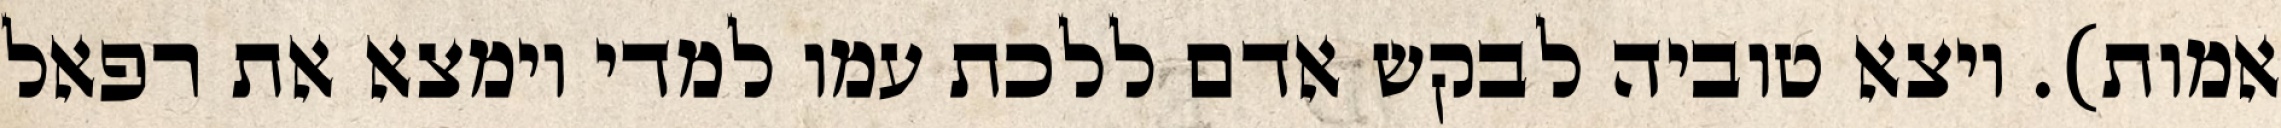
אמות). ויצא טוביה לבקש אדם ללכת עמו למדי וימצא את רפאל